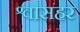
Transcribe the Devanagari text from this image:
श्वासहर